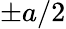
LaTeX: \pm a/2